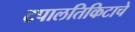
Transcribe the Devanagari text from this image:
टपालतिकिटाचे